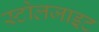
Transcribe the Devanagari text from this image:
स्टोलजाइट